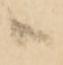
ハ